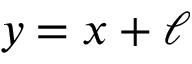
y = x + \ell